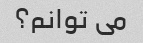
می توانم؟